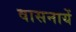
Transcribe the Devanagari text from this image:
वासनायें